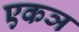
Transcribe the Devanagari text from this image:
एकञ